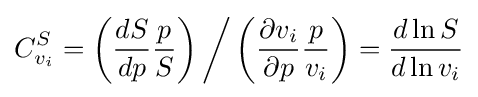
C_{v_{i}}^{S}=\left({\frac {dS}{dp}}{\frac {p}{S}}\right){\bigg /}\left({\frac {\partial v_{i}}{\partial p}}{\frac {p}{v_{i}}}\right)={\frac {d\ln S}{d\ln v_{i}}}